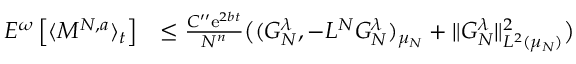
\begin{array} { r l } { E ^ { \omega } \left[ \langle M ^ { N , a } \rangle _ { t } \right] } & { \leq \frac { C ^ { \prime \prime } \mathrm { e } ^ { 2 b t } } { N ^ { n } } \big ( ( G _ { N } ^ { \lambda } , - L ^ { N } G _ { N } ^ { \lambda } ) _ { \mu _ { N } } + \| G _ { N } ^ { \lambda } \| _ { L ^ { 2 } ( \mu _ { N } ) } ^ { 2 } \big ) } \end{array}